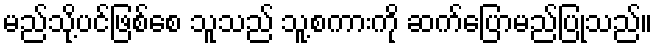
မည်သို့ပင်ဖြစ်စေ သူသည် သူ့စကားကို ဆက်ပြောမည်ပြုသည်။